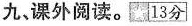
九、课外阅读。13分